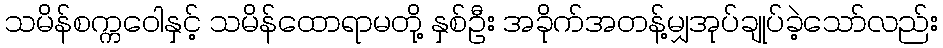
သမိန်စက္ကဝေါနှင့် သမိန်ထောရာမတို့ နှစ်ဦး အခိုက်အတန့်မျှအုပ်ချုပ်ခဲ့သော်လည်း